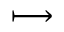
\longmapsto